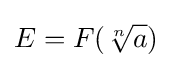
E=F({\sqrt[{n}]{a}})